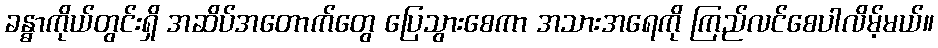
ခန္ဓာကိုယ်တွင်းရှိ အဆိပ်အတောက်တွေ ပြေသွားစေကာ အသားအရေကို ကြည်လင်စေပါလိမ့်မယ်။